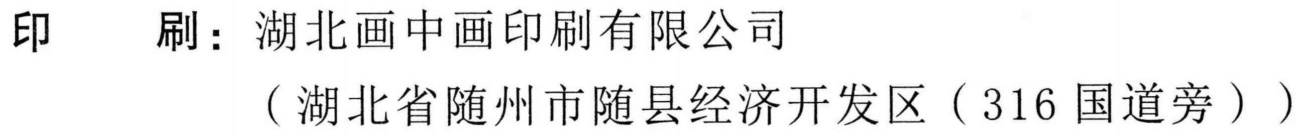
印  刷：湖北画中画印刷有限公司
（湖北省随州市随县经济开发区（316国道旁））